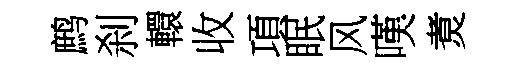
鹧刹轘收項眠风嘆煑